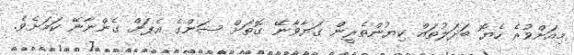
މިއަށްވުރެ ހެޔޮ ބަދަލުތައް ކިޔުންތެރީން ގަޔާވާނޭ ގޮތަށް ސަންގެ އެޕަށް ގެންނާނޭ ކަމަށެވެ.